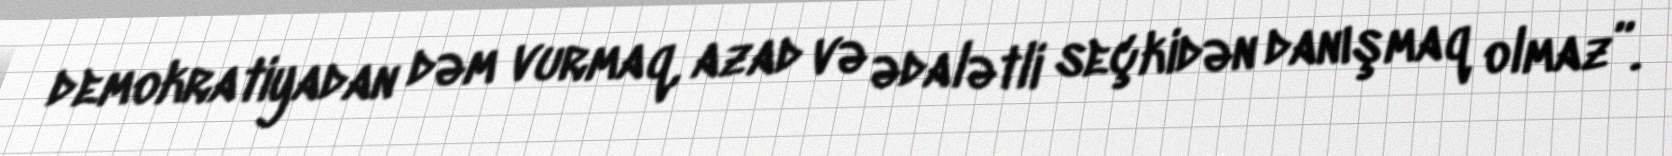
demokratiyadan dəm vurmaq, azad və ədalətli seçkidən danışmaq olmaz”.